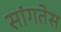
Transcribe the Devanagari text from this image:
सांगतेस